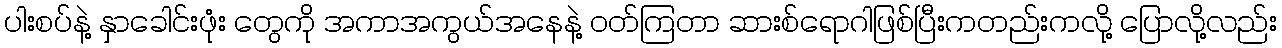
ပါးစပ်နဲ့ နှာခေါင်းဖုံး တွေကို အကာအကွယ်အနေနဲ့ ဝတ်ကြတာ ဆားစ်ရောဂါဖြစ်ပြီးကတည်းကလို့ ပြောလို့လည်း